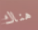
هناك